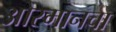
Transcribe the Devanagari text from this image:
ओस्मानचा